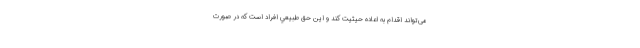
می‌تواند اقدام به اعاده حیثیت کند و این حق طبيعي افراد است که در صورت